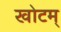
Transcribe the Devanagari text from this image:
खोटम्